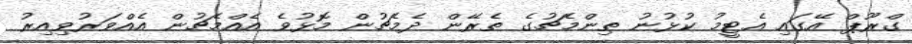
ގްރޫޕް އޭގައި އެޓީމު ކުޅުނު ތިންމެޗުގެ ތެރޭން ދެމެޗުން މޮޅުވެ އެއްމެޗުން އެއްވަރުވިއިރު